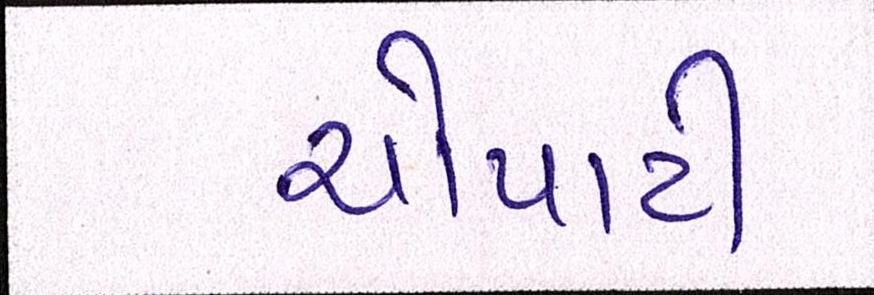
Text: ચોપાટી